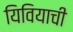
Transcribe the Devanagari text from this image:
यिवियाची